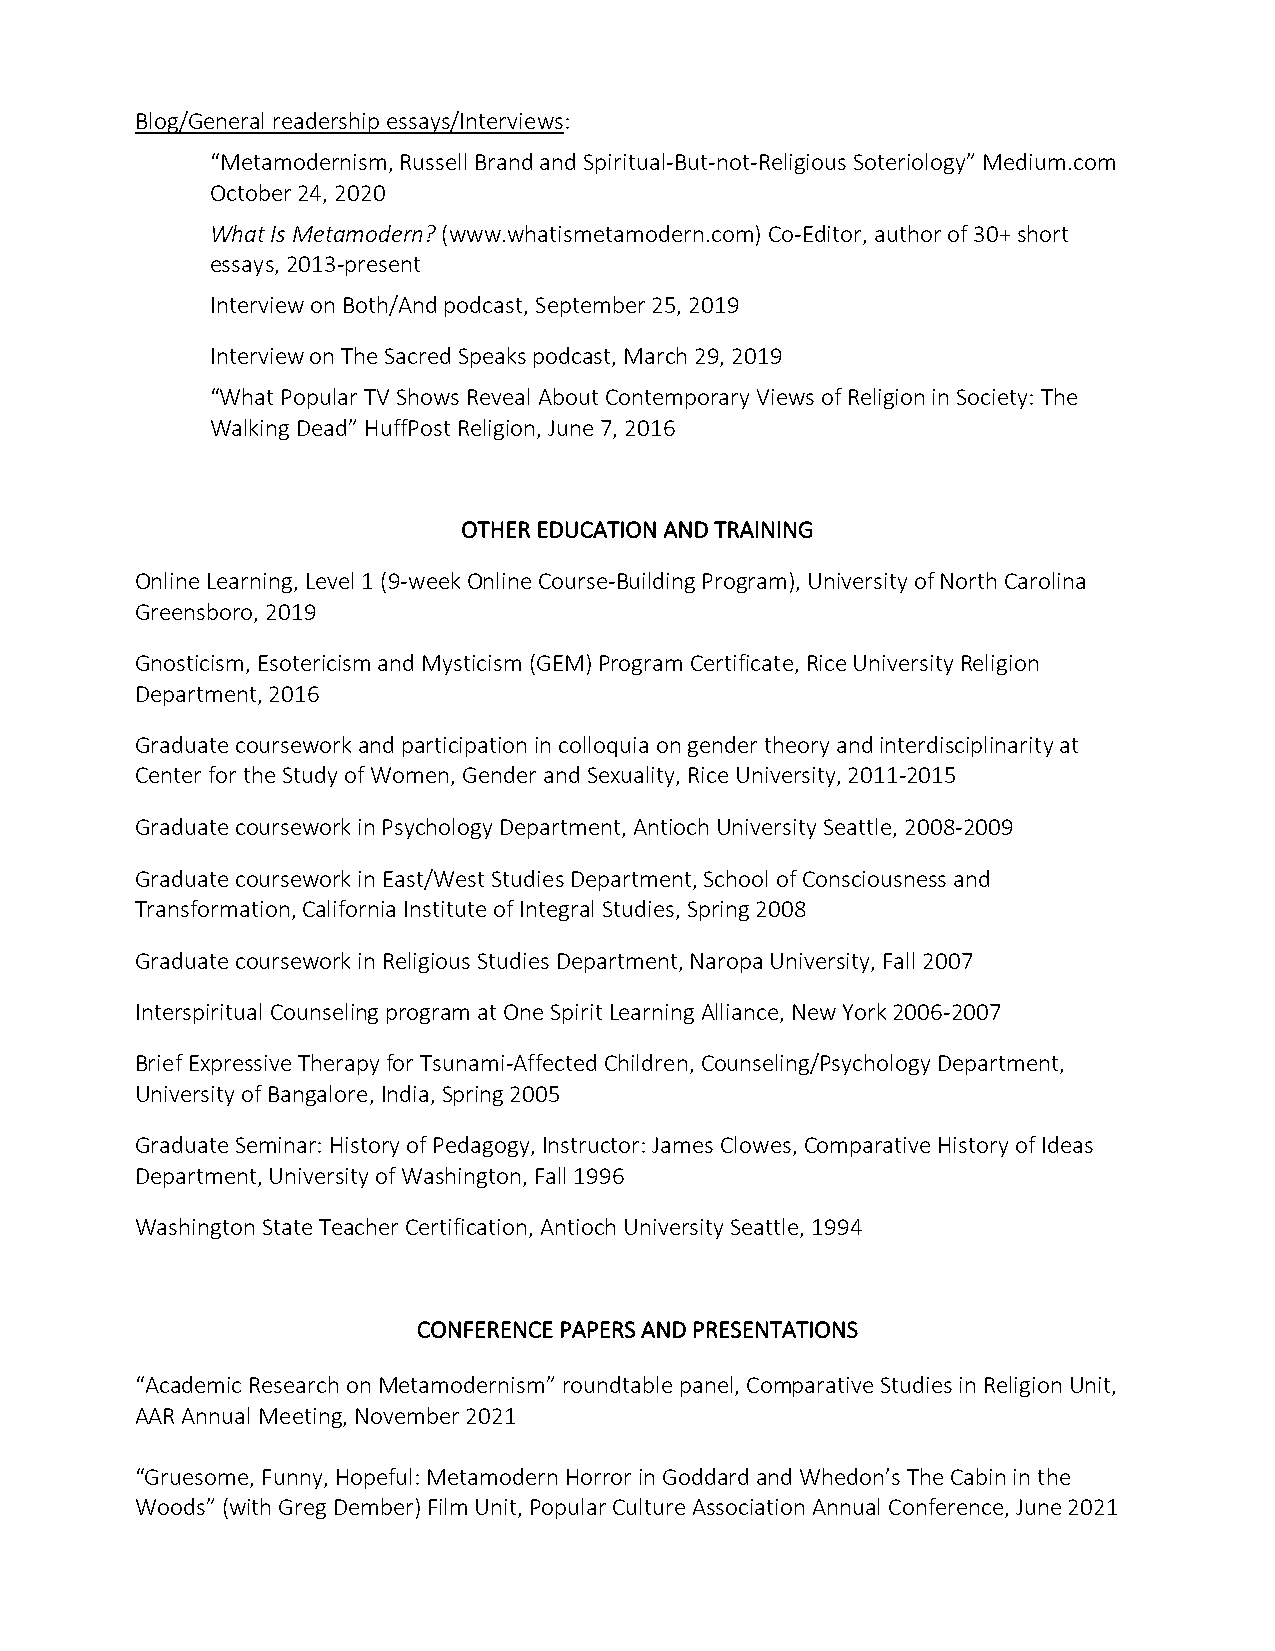
Blog/General readership essays/Interviews:
 “Metamodernism, Russell Brand and Spiritual-But-not-Religious Soteriology” Medium.com
 October 24, 2020
 What Is Metamodern? (www.whatismetamodern.com) Co-Editor, author of 30+ short
 essays, 2013-present
 Interview on Both/And podcast, September 25, 2019
 Interview on The Sacred Speaks podcast, March 29, 2019
 “What Popular TV Shows Reveal About Contemporary Views of Religion in Society: The
 Walking Dead” HuffPost Religion, June 7, 2016
 OTHER EDUCATION AND TRAINING
 Online Learning, Level 1 (9-week Online Course-Building Program), University of North Carolina
 Greensboro, 2019
 Gnosticism, Esotericism and Mysticism (GEM) Program Certificate, Rice University Religion
 Department, 2016
 Graduate coursework and participation in colloquia on gender theory and interdisciplinarity at
 Center for the Study of Women, Gender and Sexuality, Rice University, 2011-2015
 Graduate coursework in Psychology Department, Antioch University Seattle, 2008-2009
 Graduate coursework in East/West Studies Department, School of Consciousness and
 Transformation, California Institute of Integral Studies, Spring 2008
 Graduate coursework in Religious Studies Department, Naropa University, Fall 2007
 Interspiritual Counseling program at One Spirit Learning Alliance, New York 2006-2007
 Brief Expressive Therapy for Tsunami-Affected Children, Counseling/Psychology Department,
 University of Bangalore, India, Spring 2005
 Graduate Seminar: History of Pedagogy, Instructor: James Clowes, Comparative History of Ideas
 Department, University of Washington, Fall 1996
 Washington State Teacher Certification, Antioch University Seattle, 1994
 CONFERENCE PAPERS AND PRESENTATIONS
 “Academic Research on Metamodernism” roundtable panel, Comparative Studies in Religion Unit,
 AAR Annual Meeting, November 2021
 “Gruesome, Funny, Hopeful: Metamodern Horror in Goddard and Whedon’s The Cabin in the
 Woods” (with Greg Dember) Film Unit, Popular Culture Association Annual Conference, June 2021